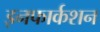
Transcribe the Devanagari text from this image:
इनफार्कशन